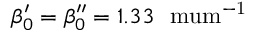
\beta _ { 0 } ^ { \prime } = \beta _ { 0 } ^ { \prime \prime } = 1 . 3 3 ~ \mathrm { \ m u m ^ { - 1 } }